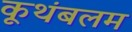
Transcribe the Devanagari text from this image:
कूथंबलम